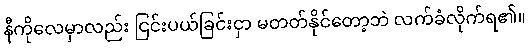
နီကိုလေမှာလည်း ငြင်းပယ်ခြင်းငှာ မတတ်နိုင်တော့ဘဲ လက်ခံလိုက်ရ၏။